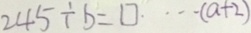
2 4 5 \div b = \square \cdots ( a + 2 )